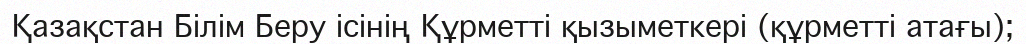
Қазақстан Білім Беру ісінің Құрметті қызыметкері (құрметті атағы);